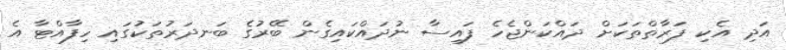
އަދި އެކި ފަރާތްތަކަށް ދައްކަންޖެހެ ފައިސާ ނުދައްކައިގެން ބޭރުގެ ބަނދަރުތަކުގައި ހިފާއްޓާ އެ